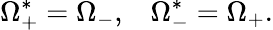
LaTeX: \Omega_{+}^{*}=\Omega_{-},\; \; \; \Omega_{-}^{*}=\Omega_{+}.